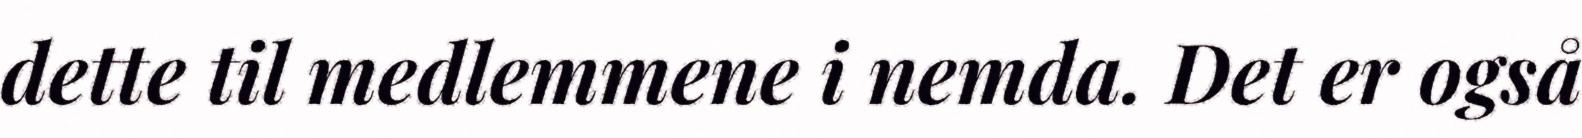
dette til medlemmene i nemda. Det er også